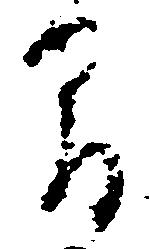
間